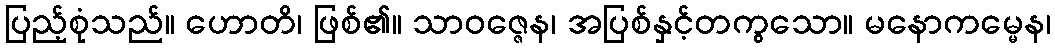
ပြည့်စုံသည်။ ဟောတိ၊ ဖြစ်၏။ သာဝဇ္ဇေန၊ အပြစ်နှင့်တကွသော။ မနောကမ္မေန၊